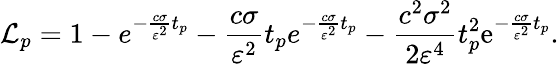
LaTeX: \mathcal{L}_{p}=1-e^{-\frac{c\sigma}{\varepsilon^{2}}t_{p}}-\frac{c\sigma}{\varepsilon^{2}}t_{p}e^{-\frac{c\sigma}{\varepsilon^{2}}t_{p}}-\frac{c^{2}\sigma^{2}}{2\varepsilon^{4}}t_{p}^{2}\mathrm{e}^{-\frac{c\sigma}{\varepsilon^{2}}t_{p}}.